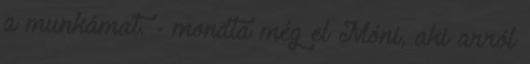
a munkámat. - mondta még el Móni, aki arról